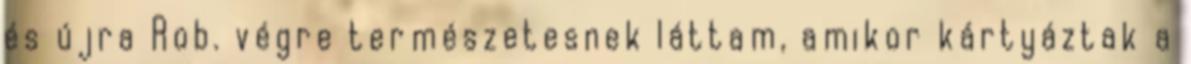
és újra Rob. végre természetesnek láttam, amikor kártyáztak a